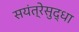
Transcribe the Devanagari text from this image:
सयंत्रेसुद्धा